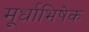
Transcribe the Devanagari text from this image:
मूर्धाभिषेक